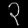
Digit: ၃